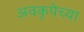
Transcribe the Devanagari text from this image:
अवकृपेच्या